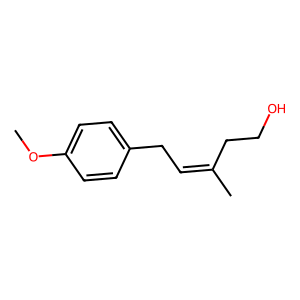
SMILES: COc1ccc(CC=C(C)CCO)cc1
Inhibits HIV replication: No